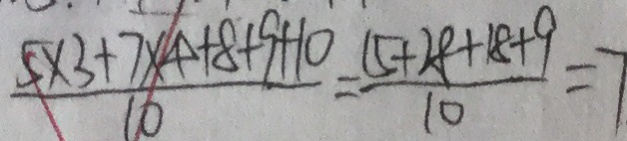
\frac { 5 \times 3 + 7 \times 4 + 8 + 9 + 1 0 } { 1 0 } = \frac { 1 5 + 2 8 + 1 8 + 9 } { 1 0 } = 7